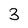
Character: 3